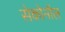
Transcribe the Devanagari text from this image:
सेकोनॉल